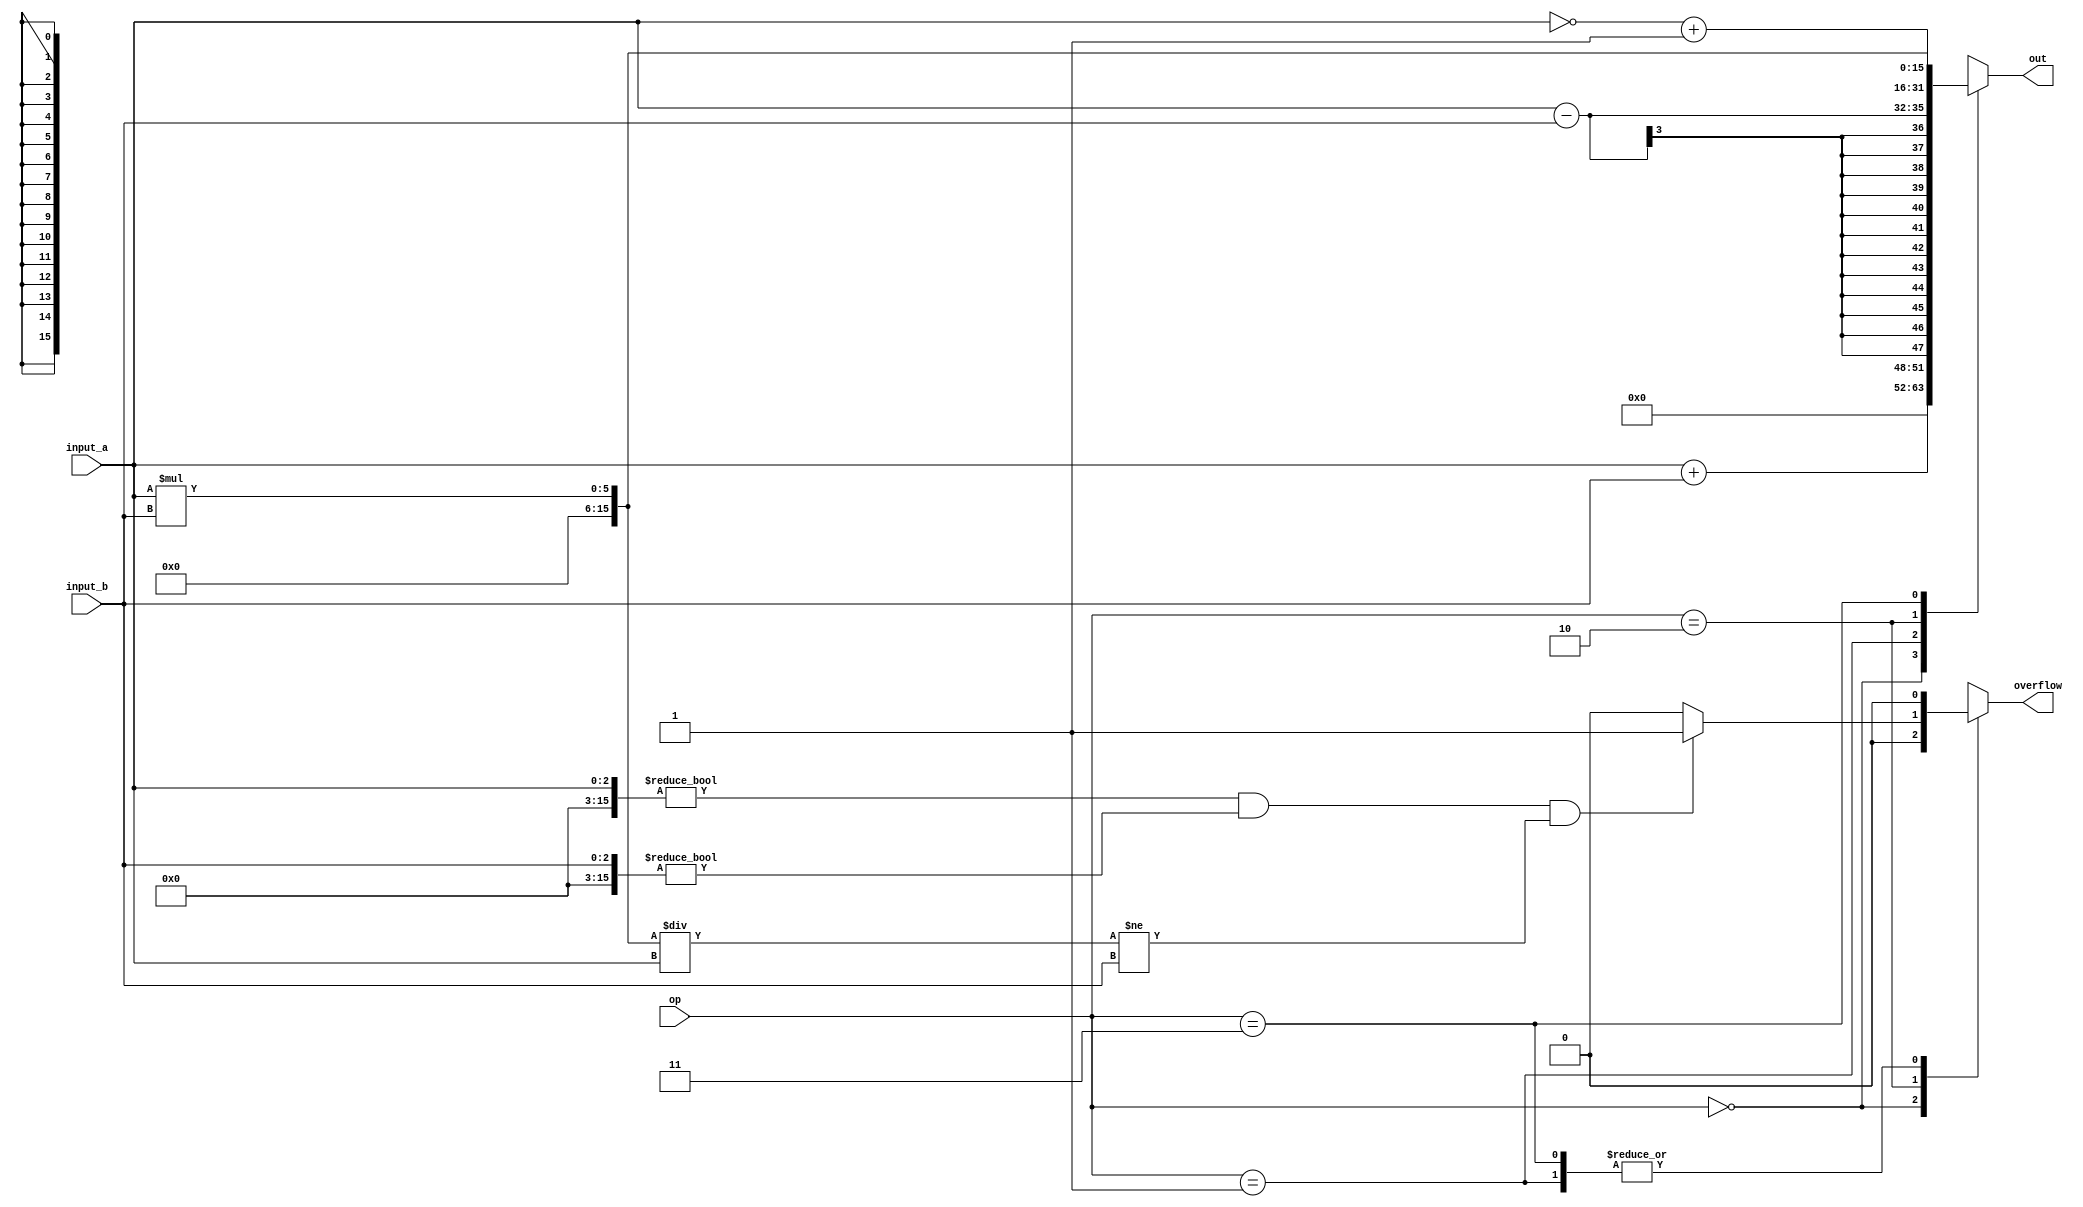
module ALU(
 output reg [15:0] out,
output reg overflow,
 input [2:0] input_a,
 input [2:0] input_b,
 input [1:0] op
 );
reg [15:0] a,b;
always@(*)
begin
a <= {13'b0,input_a};
b <= {13'b0,input_b};
end
always@(a or b or op)
begin
 case(op)
 2'b00: begin 
 out = a + b;
 overflow = (a[15] & b[15] & ~out[15]) | (~a[15] & ~b[15] 
& out[15]);
 end
 2'b01: begin 
 out = a - b;
 overflow = (a[15] & ~b[15] & ~out[15]) | (~a[15] & b[15] 
& out[15]);
 end
 2'b10: begin
out = a * b;
 if ((a != 0) && (b != 0) && (out / a != b))
 overflow = 1'b1;
 else
 overflow = 1'b0;
 end
 2'b11: begin 
 out = (~a) + 1;
 overflow = 1'b0; 
 end
 default: begin
 out = 16'b0;
 overflow = 1'b0;
 end
 endcase
end
endmodule